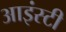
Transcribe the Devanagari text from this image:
आइंस्टी